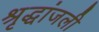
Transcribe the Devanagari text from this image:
श्रृद्धांजली